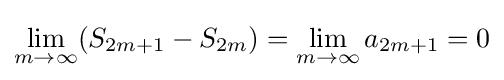
\lim _{m\to \infty }(S_{2m+1}-S_{2m})=\lim _{m\to \infty }a_{2m+1}=0